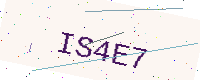
Text: IS4E7